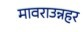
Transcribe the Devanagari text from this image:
मावराउन्नहर